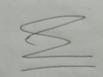
Signature authenticity: genuine